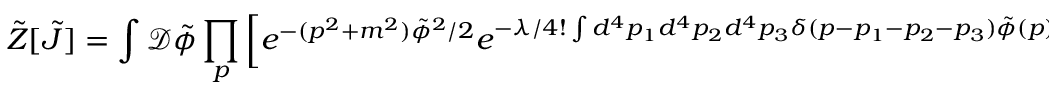
{ \tilde { Z } } [ { \tilde { J } } ] = \int { \mathcal { D } } { \tilde { \phi } } \prod _ { p } \left[ e ^ { - ( p ^ { 2 } + m ^ { 2 } ) { \tilde { \phi } } ^ { 2 } / 2 } e ^ { - \lambda / 4 ! \int d ^ { 4 } p _ { 1 } d ^ { 4 } p _ { 2 } d ^ { 4 } p _ { 3 } \delta ( p - p _ { 1 } - p _ { 2 } - p _ { 3 } ) { \tilde { \phi } } ( p ) { \tilde { \phi } } ( p _ { 1 } ) { \tilde { \phi } } ( p _ { 2 } ) { \tilde { \phi } } ( p _ { 3 } ) } e ^ { { \tilde { J } } { \tilde { \phi } } } \right] .